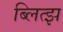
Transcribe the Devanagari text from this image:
ब्लित्झ